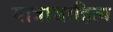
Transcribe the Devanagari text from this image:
यात्रासाहित्य